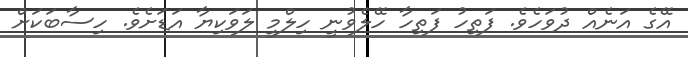
އޭގެ އަނެއް ދުވަހެވެ. ފަތިހު ފަތިހާ ހޭލެވުނީ ހިލްމީ ލަވަކިޔާ އަޑަށެވެ. ހިސާބަކަށް